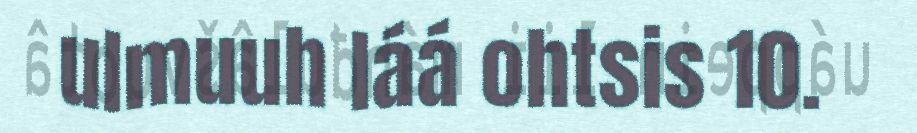
ulmuuh láá ohtsis 10.